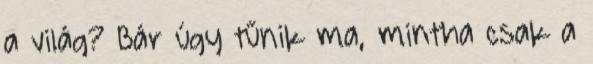
a világ? Bár úgy tűnik ma, mintha csak a